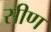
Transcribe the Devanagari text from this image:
सीण